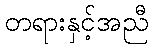
တရားနှင့်အညီ